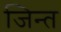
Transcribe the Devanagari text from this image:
जिन्त